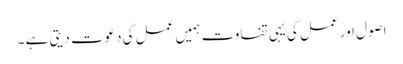
اصول اور عمل کی یہی تفاوت ہمیں عمل کی دعوت دیتی ہے ۔